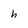
Character: h